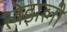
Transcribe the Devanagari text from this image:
लेझली